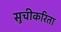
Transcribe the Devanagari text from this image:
सुचीकरिता